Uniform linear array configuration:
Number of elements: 64
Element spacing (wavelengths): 1
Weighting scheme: hamming
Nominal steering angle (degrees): -60
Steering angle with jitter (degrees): -58.185
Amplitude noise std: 0.05
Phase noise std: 0.05

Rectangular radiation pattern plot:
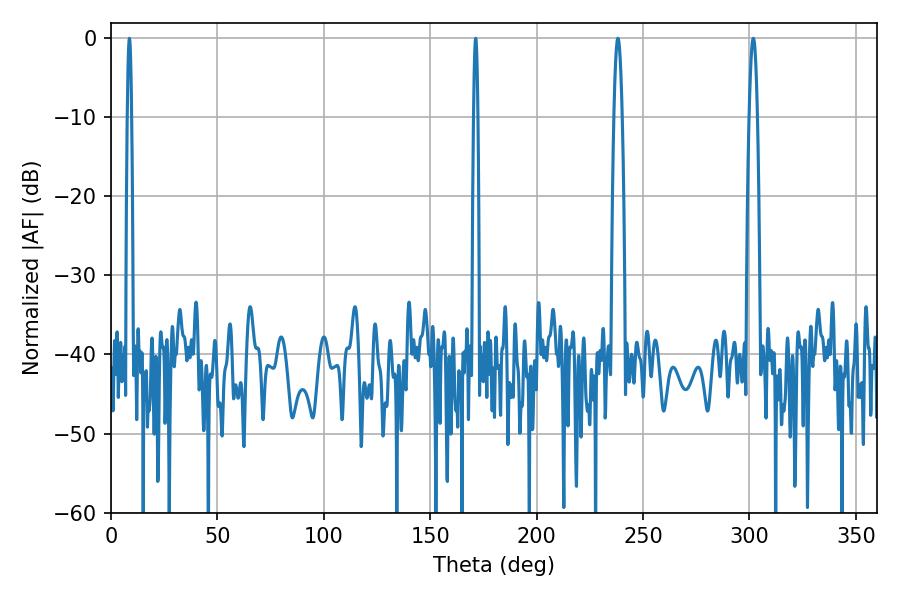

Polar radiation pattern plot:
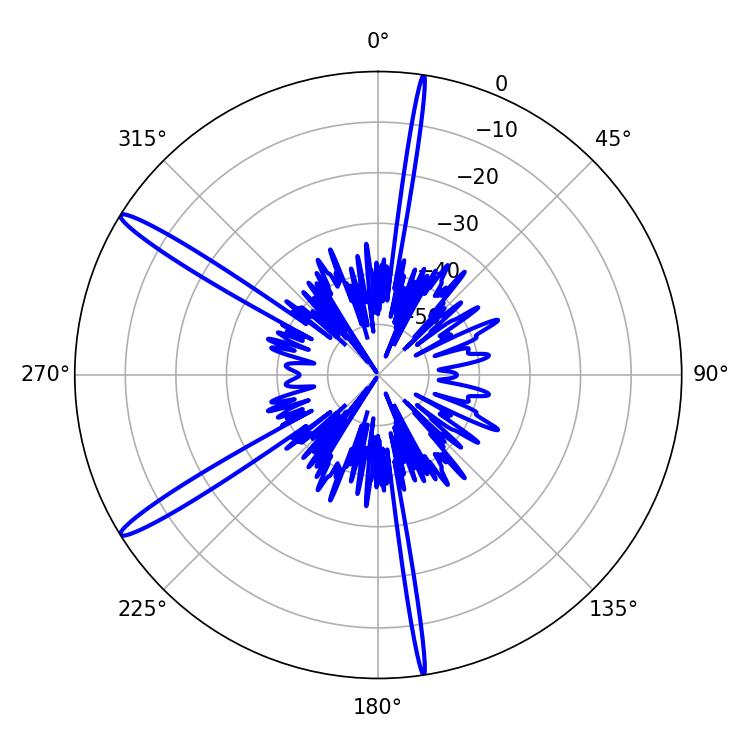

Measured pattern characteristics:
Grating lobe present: TRUE
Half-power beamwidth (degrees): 1.08
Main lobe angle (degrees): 8.64